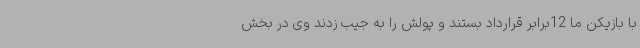
با بازیکن ما 12برابر قرارداد بستند و پولش را به جیب زدند وی در بخش